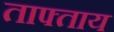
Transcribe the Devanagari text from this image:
ताफ्ताय